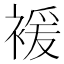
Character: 褑